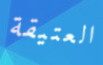
العتيقة